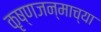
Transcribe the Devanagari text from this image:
कृष्णजन्माच्या